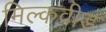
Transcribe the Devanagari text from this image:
मिल्कवीड